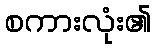
စကားလုံး၏